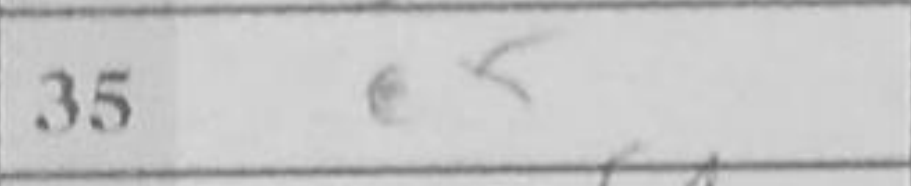
Transcription: e5